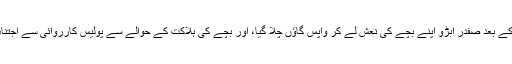
موت کے بعد صفدر ابڑو اپنے بچے کی نعش لے کر واپس گاؤں چلا گیا، اور بچے کی ہلاکت کے حوالے سے پولیس کارروائی سے اجتناب کیا۔